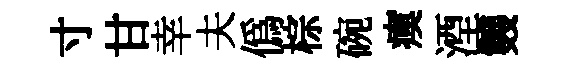
寸甘幸夫僞棕碗瘼湮䨇